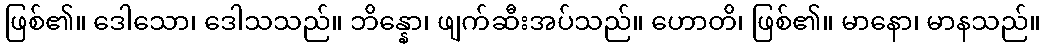
ဖြစ်၏။ ဒေါသော၊ ဒေါသသည်။ ဘိန္နော၊ ဖျက်ဆီးအပ်သည်။ ဟောတိ၊ ဖြစ်၏။ မာနော၊ မာနသည်။